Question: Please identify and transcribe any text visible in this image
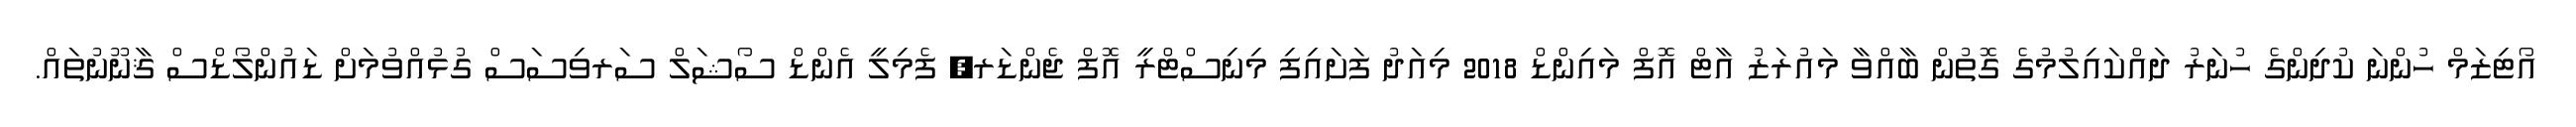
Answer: އޯޓިޒަމް ހުންނަ ކުދިންގެ ހުނަރު ދައްކައިލުމުގެ ގޮތުން ބާއްވާ މައުރަޒު އާޓް އޮފް މައިންޑް 2018 މިއަދު ފަށައިފި މިނިސްޓްރީ އޮފް ޖެންޑަރ, ފެމިލީ އެންޑް ސޯޝަލް ސަރވިސަސް ގުޅުއްވުމަށް ޑައުންލޯޑްސް ޤާނޫނުތައް.